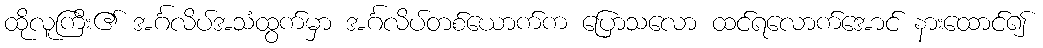
ထိုလူကြီး၏ အင်္ဂလိပ်အသံထွက်မှာ အင်္ဂလိပ်တစ်ယောက်က ပြောသလော ထင်ရလောက်အောင် နားထောင်၍